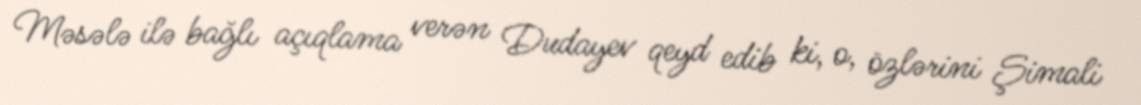
Məsələ ilə bağlı açıqlama verən Dudayev qeyd edib ki, o, özlərini Şimali